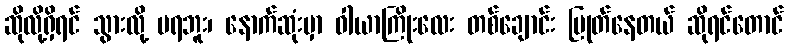
ဆိုလို့ရှိရင် သွားလို့ မရဘူး၊ နောက်ဆုံးမှာ ဝါယာကြိုးလေး တစ်ချောင်း ပြုတ်နေတယ် ဆိုရင်တောင်